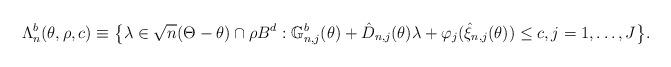
LaTeX: \begin{align*}\Lambda_n^b (\theta, \rho ,c)\equiv \bigl\{ \lambda \in \sqrt{n}(\Theta-\theta) \cap \rho B^{d}:\mathbb{G}_{n,j}^{b}(\theta )+\hat{D}_{n,j}(\theta)\lambda +\varphi_j(\hat{\xi}_{n,j}(\theta))\leq c,j=1,\dots,J\bigr\} .\end{align*}